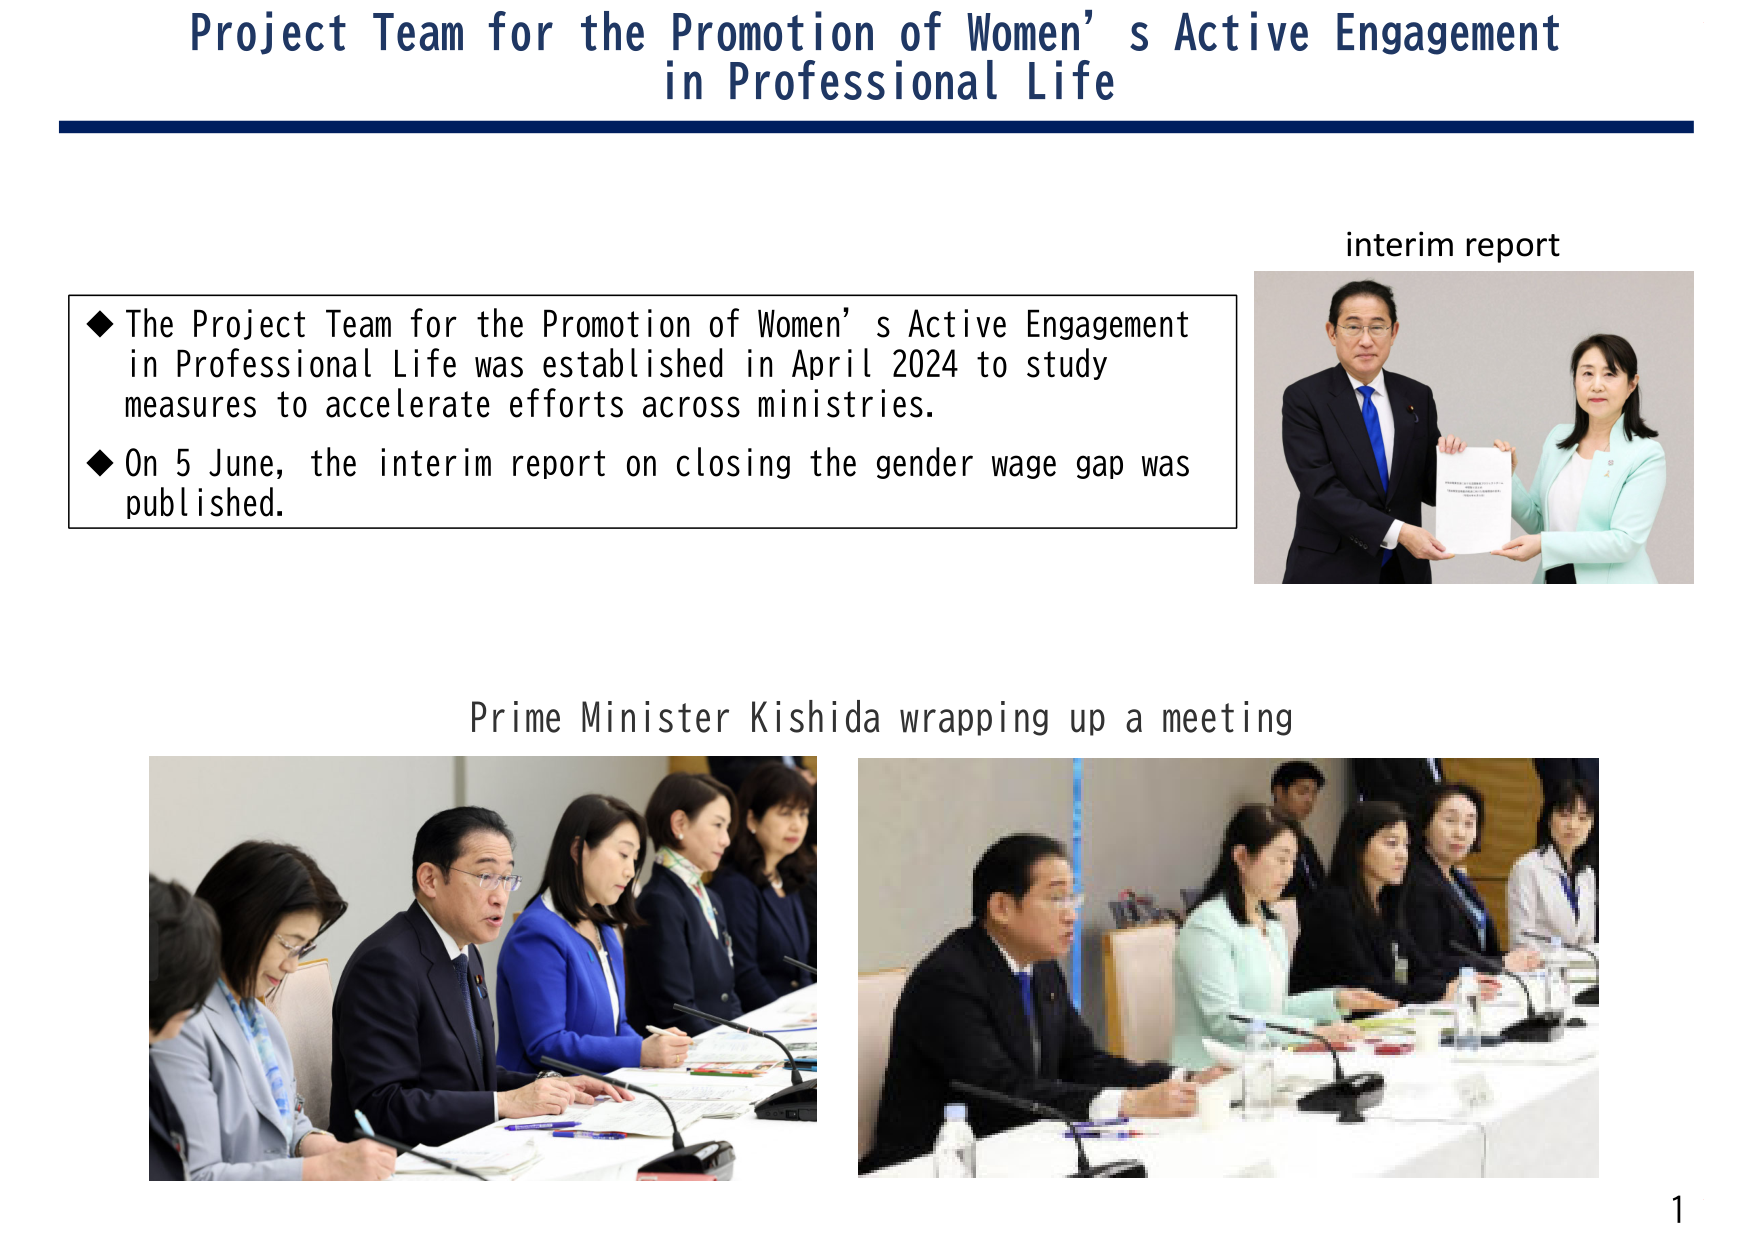
Project Team for the Promotion of Women’s Active Engagement in Professional Life

interim report

◆ The Project Team for the Promotion of Women’s Active Engagement in Professional Life was established in April 2024 to study measures to accelerate efforts across ministries.
◆ On 5 June, the interim report on closing the gender wage gap was published.

Prime Minister Kishida wrapping up a meeting

1